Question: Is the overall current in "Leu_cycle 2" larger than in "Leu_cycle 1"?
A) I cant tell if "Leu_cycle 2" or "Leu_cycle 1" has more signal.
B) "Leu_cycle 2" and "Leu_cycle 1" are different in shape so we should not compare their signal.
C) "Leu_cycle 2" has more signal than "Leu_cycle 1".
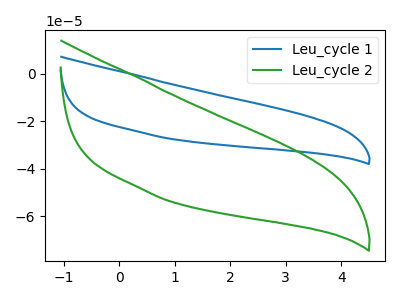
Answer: <think>The blue curve "Leu_cycle 1" has no peaks. The green curve "Leu_cycle 2" has no peaks.
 Neither "Leu_cycle 2" or "Leu_cycle 1" have any peaks.</think>
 <answer>A) I cant tell if "Leu_cycle 2" or "Leu_cycle 1" has more signal.</answer>
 <eval>A</eval>